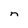
Character: n